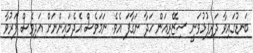
ބަނޑުގައިވާ ދަރިފުޅުވަނީ ސިޒޭރިއަން ހަދާ ނަގާފަ އެވެ. ނަމަވެސް އެދެމައިންނަށް އަދިވެސް ފަރުވާ